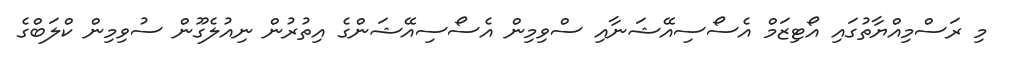
މި ރަސްމިއްޔާތުގައި އޯޓިޒަމް އެސޯސިއޭޝަނާއި ސްވިމިން އެސޯސިއޭޝަންގެ އިތުރުން ނިއުލެގޫން ސުވިމިން ކްލަބްގެ